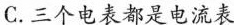
C.三个电表都是电流表